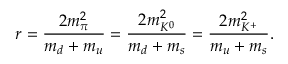
r = \frac { 2 m _ { \pi } ^ { 2 } } { m _ { d } + m _ { u } } = \frac { 2 m _ { K ^ { 0 } } ^ { 2 } } { m _ { d } + m _ { s } } = \frac { 2 m _ { K ^ { + } } ^ { 2 } } { m _ { u } + m _ { s } } .